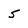
Character: 5